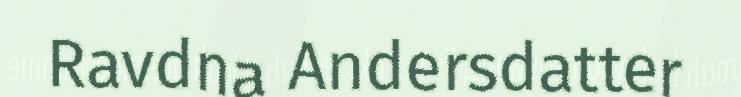
Ravdna Andersdatter